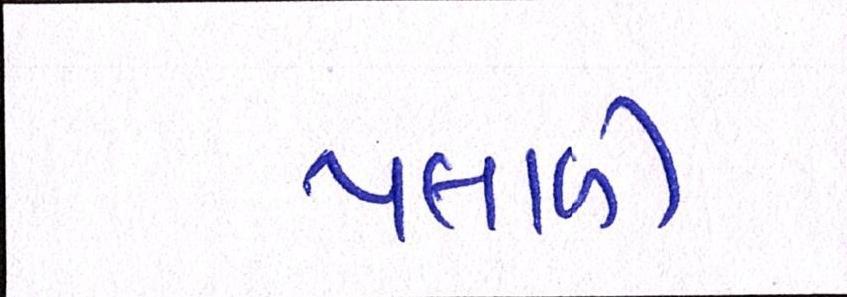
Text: પલાળી